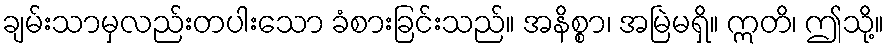
ချမ်းသာမှလည်းတပါးသော ခံစားခြင်းသည်။ အနိစ္စာ၊ အမြဲမရှိ။ ဣတိ၊ ဤသို့။